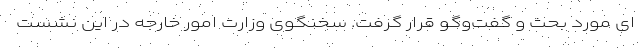
ای مورد بحث و گفت‌وگو قرار گرفت. سخنگوی وزارت امور خارجه در این نشست